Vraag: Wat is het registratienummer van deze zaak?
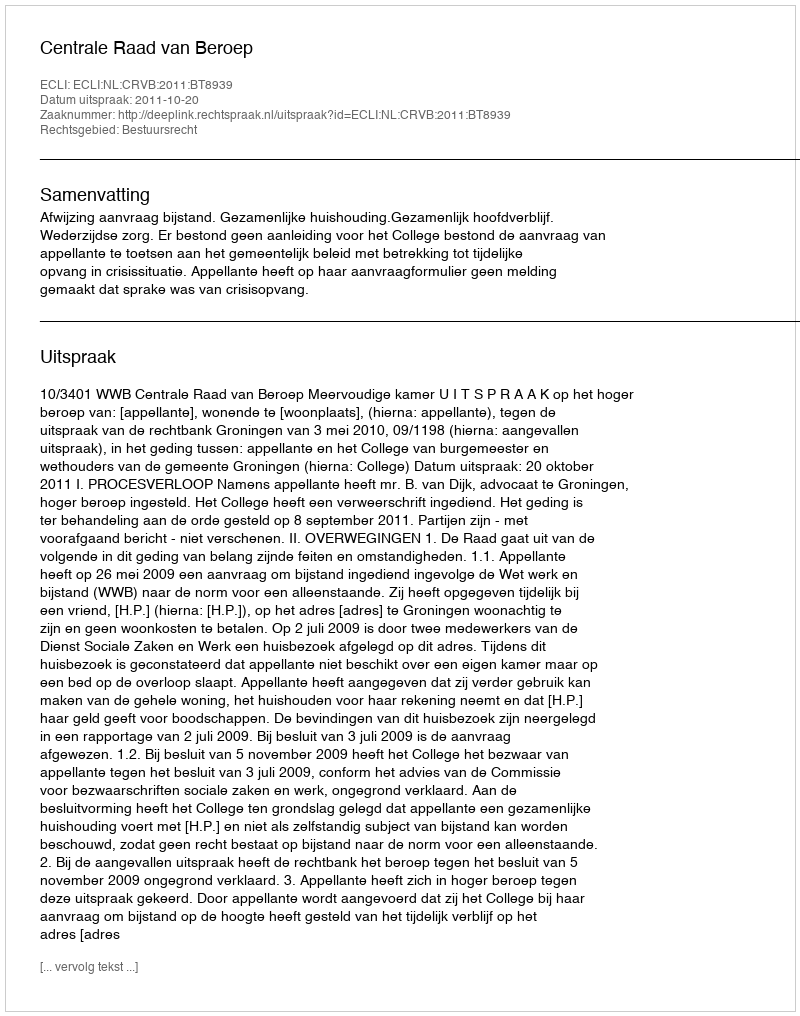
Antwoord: http://deeplink.rechtspraak.nl/uitspraak?id=ECLI:NL:CRVB:2011:BT8939